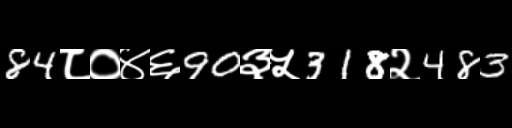
Text: 84८०४६90३५318२483